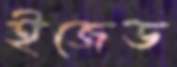
ইজেড